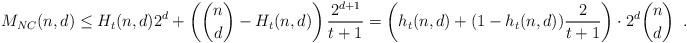
LaTeX: \begin{align*}M_{NC}(n,d) \le H_t(n,d)2^d + \left(\binom{n}{d}-H_t(n,d)\right)\frac{2^{d+1}}{t+1} = \left(h_t(n,d) + (1-h_t(n,d))\frac{2}{t+1}\right) \cdot 2^d \binom{n}{d}\enspace .\end{align*}